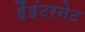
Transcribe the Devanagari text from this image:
हैंइंटरनेट